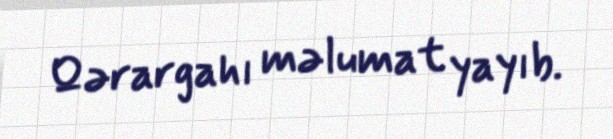
Qərargahı məlumat yayıb.